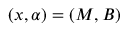
( x , \alpha ) = ( M , B )